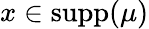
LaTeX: x\in\textrm{supp}(\mu)